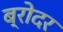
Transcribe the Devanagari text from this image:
ब्रोदर